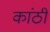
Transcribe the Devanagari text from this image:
कांठीं